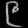
Digit: ၉